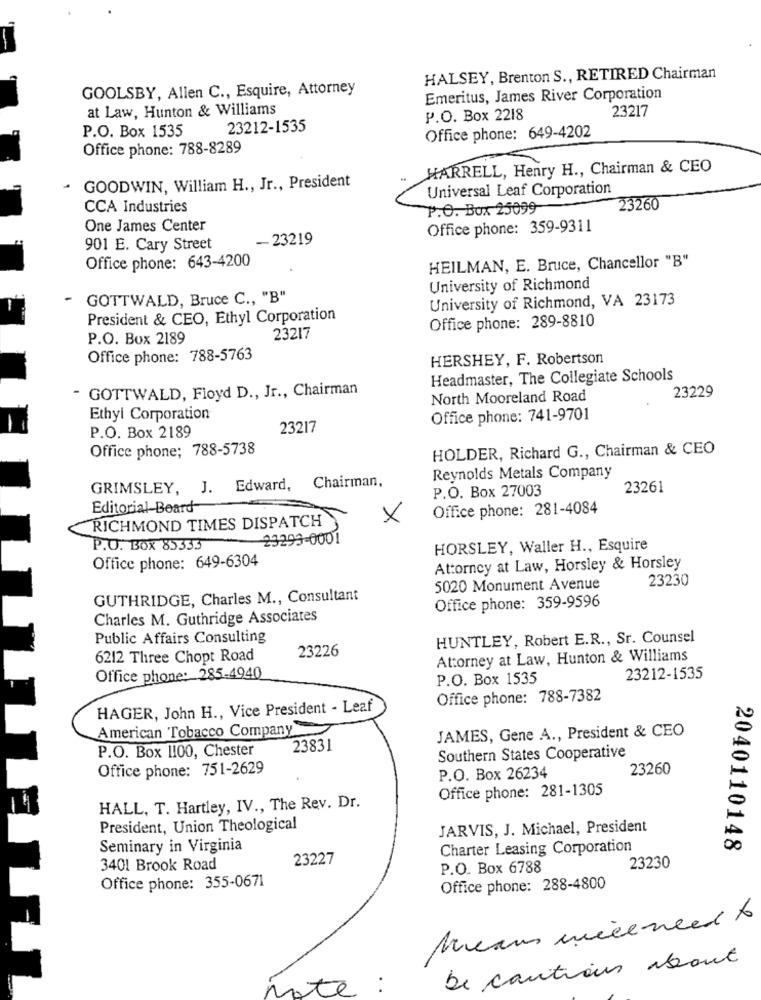
HALSEY, Brenton S ., RETIRED Chairman
GOOLSBY, Allen C ., Esquire, Attorney
Emeritus, James River Corporation
at Law, Hunton & Williams
23217
P.O. Box 2218
P.O. Box 1535
23212-1535
Office phone: 649-4202
Office phone: 788-8289
HARRELL, Henry H ., Chairman & CEO
GOODWIN, William H ., Jr ., President
Universal Leaf Corporation
CCA Industries
P.O. Box 25099
23260
One James Center
Office phone: 359-9311
-23219
901 E. Cary Street
HEILMAN, E. Bruce, Chancellor "B"
Office phone: 643-4200
University of Richmond
-
GOTTWALD, Bruce C ., "B"
University of Richmond, VA 23173
President & CEO, Ethyl Corporation
Office phone: 289-8810
P.O. Box 2189
23217
Office phone: 788-5763
HERSHEY, F. Robertson
Headmaster, The Collegiate Schools
- GOTTWALD, Floyd D ., Jr ., Chairman
23229
North Mooreland Road
Ethyl Corporation
Office phone: 741-9701
23217
P.O. Box 2189
Office phone; 788-5738
HOLDER, Richard G ., Chairman & CEO
Reynolds Metals Company
GRIMSLEY, J. Edward, Chairman,
P.O. Box 27003
23261
Editorial Board-
Office phone: 281-4084
RICHMOND TIMES DISPATCH
X
23293-0001
P.O. Box 85333
HORSLEY, Waller H ., Esquire
Office phone: 649-6304
Attorney at Law, Horsley & Horsley
23230
5020 Monument Avenue
GUTHRIDGE, Charles M ., Consultant
Office phone: 359-9596
Charles M. Guthridge Associates
Public Affairs Consulting
HUNTLEY, Robert E.R ., Sr. Counsel
23226
6212 Three Chopt Road
Attorney at Law, Hunton & Williams
Office phone: 285-4940
P.O. Box 1535
23212-1535
Office phone: 788-7382
HAGER, John H ., Vice President - Leaf
American Tobacco Company
JAMES, Gene A ., President & CEO
P.O. Box 1100, Chester
23831
Southern States Cooperative
Office phone: 751-2629
23260
P.O. Box 26234
Office phone: 281-1305
HALL, T. Hartley, IV ., The Rev. Dr.
President, Union Theological
JARVIS, J. Michael, President
Seminary in Virginia
Charter Leasing Corporation
2040110148
23227
3401 Brook Road
P.O. Box 6788
23230
Office phone: 355-0671
Office phone: 288-4800
Means wice need to
be cautious about
Note